Civil Veterinary Department. United Provinces 1912-22 - 1912-1922
Year: 1912
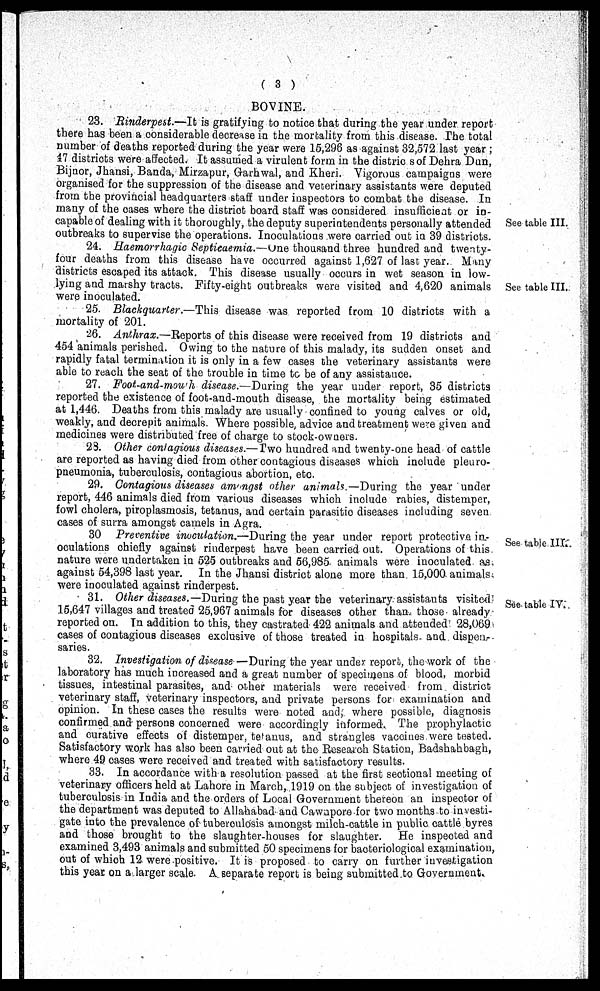
(3)
BOVINE.
23. Rinderpest.—It is gratifying to notice that during the year under report
there has been a considerable decrease in the mortality from this disease. The total
number of deaths reported during the year were 15,296 as against 32,572 last year;
17 districts were affected. It assumed a virulent form in the districs of Dehra Dun,
Bijnor, Jhansi, Banda, Mirzapur, Garhwal, and Kheri. Vigorous campaigns were
organised for the suppression of the disease and veterinary assistants were deputed
from the provincial headquarters staff under inspectors to combat the disease. In
many of the oases where the district board staff was considered insufficient or in-
capable of dealing with it thoroughly, the deputy superintendents personally attended
outbreaks to supervise the operations. Inoculations were carried out in 39 districts.
See table III.
24. Haemorrhagic Septicaemia.—One thousand three hundred and twenty-
four deaths from this disease have occurred against 1,627 of last year. Many
districts escaped its attack. This disease usually occurs in wet season in low-
lying and marshy bracts. Fifty-eight outbreaks were visited and 4,620 animals
were inoculated.
See table III.
25. Blackquarter.—This disease was reported from 10 districts with a
mortality of 201.
26. Anthrax.—Reports of this disease were received from 19 districts and
454 animals perished. Owing to the nature of this malady, its sudden onset and
rapidly fatal termination it is only in a few cases the veterinary assistants were
able to reach the seat of the trouble in time to be of any assistance.
27. Foot-and-mouth disease.—Daring the year under report, 35 districts
reported the existence of foot-and-mouth disease, the mortality being estimated
at 1,446. Deaths from this malady are usually confined to young calves or old,
weakly, and decrepit animals. Where possible, advice and treatment were given and
medicines were distributed free of charge to stock-owners.
23. Other contagious diseases.—Two hundred and twenty-one head of cattle
are reported as having died from other contagious diseases which include pleuro-
pneumonia, tuberculosis, contagious abortion, etc.
29. Contagious diseases amongst other animals.—During the year under
report, 446 animals died from various diseases which include rabies, distemper,
fowl cholera, piroplasmosis, tetanus, and certain parasitic diseases including seven
cases of surra amongst camels in Agra.
See table III.
30 Preventive inuculation.—During the year under report protective in-
oculations chiefly against rinderpest have been carried out. Operations of this
nature were undertaken in 525 outbreaks and 56,985 animals were inoculated as
against 54,398 last year. In the Jhansi district alone more than 15,000 animals
were inoculated against rinderpest.
See table IT,"
31. Other diseases.—During the past year the veterinary assistants visited
15,647 villages and treated 25,967 animals for diseases other than those already
reported on. In addition to this, they castrated 422 animals and attended 28,069
cases of contagious diseases exclusive of those treated in hospitals, and dispen-
saries.
32. Investigation of disease—During the year under report, the work of the
laboratory has much increased and a great number of specimens of blood, morbid
tissues, intestinal parasites, and other materials were received from district
veterinary staff, veterinary inspectors, and private persons for examination and
opinion. In these cases the results were noted and, where possible, diagnosis
confirmed and persons concerned were accordingly informed. The prophylactic
and curative effects of distemper, tetanus, and strangles vaccines were tested.
Satisfactory work has also been carried out at the Research Station, Badshahbagh,
where 49 oases were received and treated with satisfactory results.
33. In accordance with a resolution passed at the first sectional meeting of
veterinary officers held at Lahore in March, 1919 on the subject of investigation of
tuberculosis in India and the orders of Local Government thereon an inspector of
the department was deputed to Allahabad and Cawapore for two months to investi-
gate into the prevalence of tuberculosis amongst milch-cattle in public cattle byres
and those brought to the slaughter-houses for slaughter. He inspected and
examined 3,493 animals and submitted 50 specimens for bacteriological examination,
out of which 12 were positive. It is proposed to carry on further investigation
this year on a larger scale. A separate report is being submitted to Government.